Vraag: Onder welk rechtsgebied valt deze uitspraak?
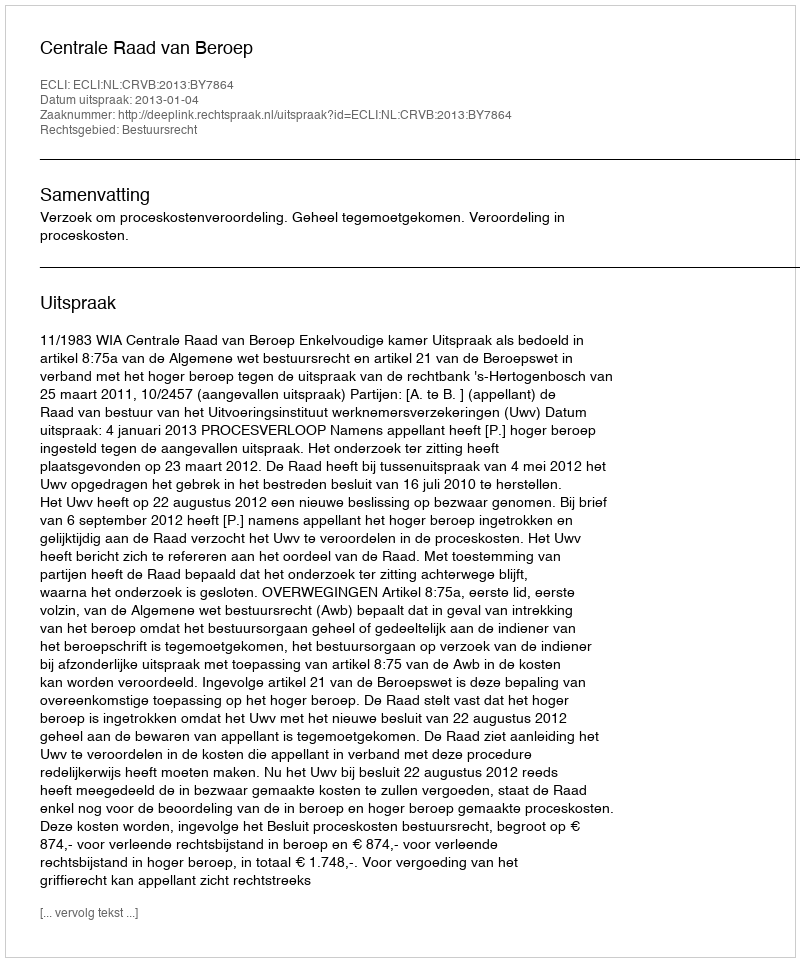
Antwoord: Bestuursrecht